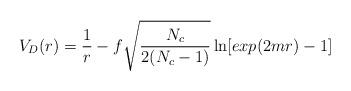
LaTeX: \begin{align*}V_D(r)={1\over r}-f\sqrt{N_c\over{2(N_c-1)}}\ln[exp(2mr)-1]\qquad\end{align*}